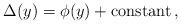
LaTeX: \begin{align*}\Delta(y) = \phi(y) + {\rm constant}\,,\end{align*}